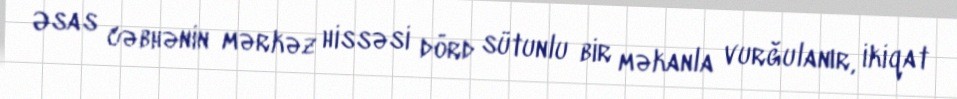
Əsas cəbhənin mərkəz hissəsi dörd sütunlu bir məkanla vurğulanır, ikiqat